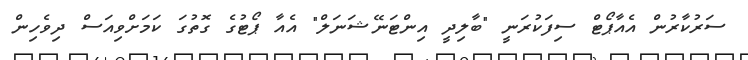
ސަރުކާރުން އެއާޕޯޓް ސިފަކުރަނީ "ބާލިދީ އިންޓަނޭޝަނަލް" އެއާ ޕޯޓުގެ ގޮތުގަ ކަމަށްވިއަސް ދިވެހިން